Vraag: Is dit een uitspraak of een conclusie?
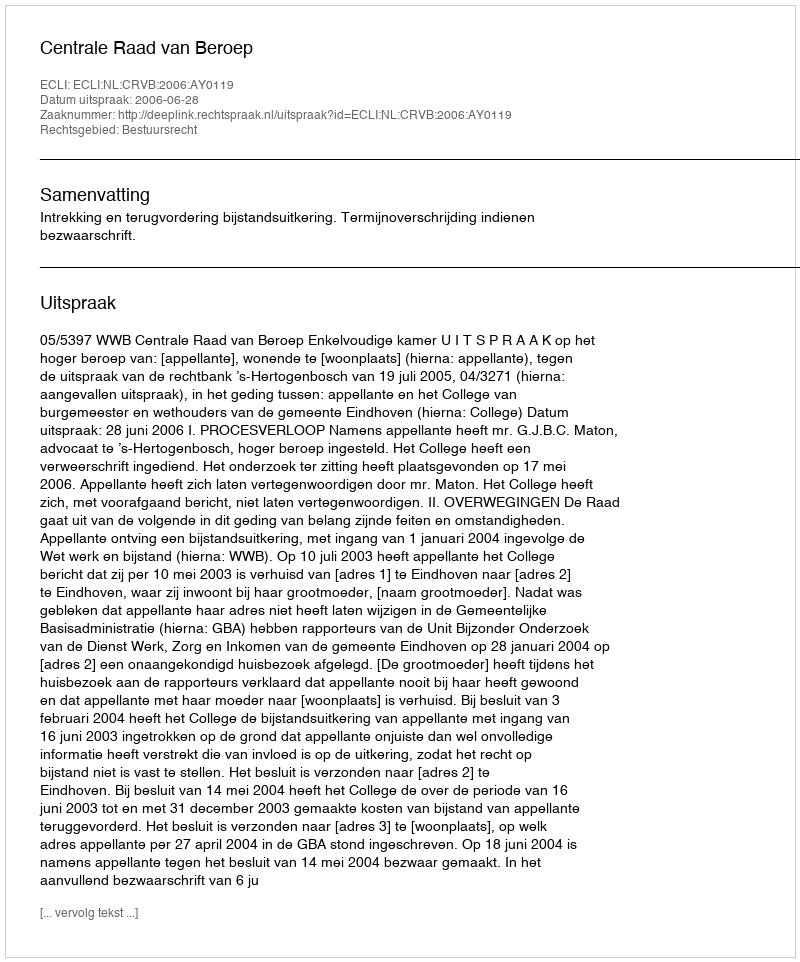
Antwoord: Uitspraak